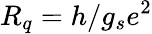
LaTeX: R_{q}=h/g_{s}e^{2}